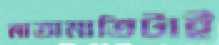
মাতামাতিটাই